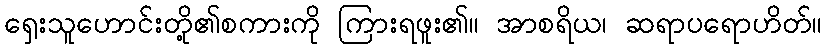
ရှေးသူဟောင်းတို့၏စကားကို ကြားရဖူး၏။ အာစရိယ၊ ဆရာပရောဟိတ်။